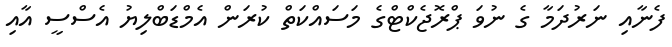
ފެނާއި ނަރުދަމާ ގެ ނުވަ ޕްރޮޖެކްޓްގެ މަސައްކަތް ކުރަން އެމްޑަބްލިޔު އެސްސީ އާއި